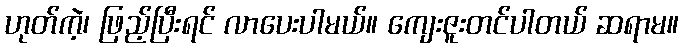
ဟုတ်ကဲ့၊ ဖြည့်ပြီးရင် လာပေးပါမယ်။ ကျေးဇူးတင်ပါတယ် ဆရာမ။